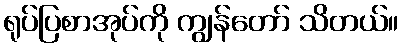
ရုပ်ပြစာအုပ်ကို ကျွန်တော် သိတယ်။